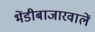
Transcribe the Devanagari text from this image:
भेंडीबाजारवालें